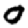
Digit: 0